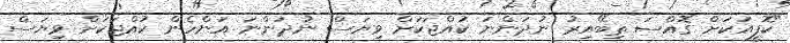
"ކޮފީއަކަށް ގޮއްސަ ތިބޭއިރު ނުދަންނަ ކުއްޖަކަށް ވިޔަސް ނުދަންނަ އަންހެން ކުއްޖަކަށް ވިޔަސް